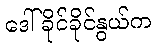
ဒေါ်ခိုင်ခိုင်နွယ်က